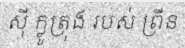
ស៊ី ក្លូត្រុង របស់ ព្រីន